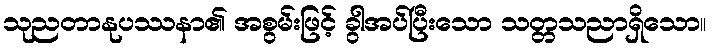
သုညတာနုပဿနာ၏ အစွမ်းဖြင့် ခွါအပ်ပြီးသော သတ္တသညာရှိသော။